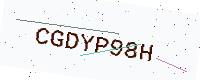
Text: CGDYP98H